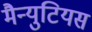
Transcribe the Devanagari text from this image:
मैन्युटियस